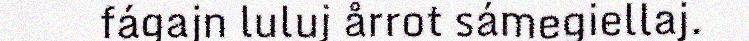
fágajn luluj årrot sámegiellaj.